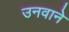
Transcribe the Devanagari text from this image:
उनवाने